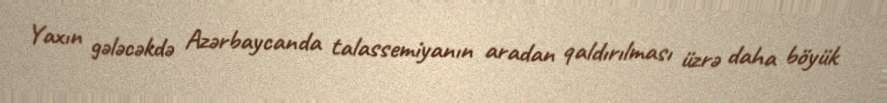
Yaxın gələcəkdə Azərbaycanda talassemiyanın aradan qaldırılması üzrə daha böyük